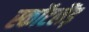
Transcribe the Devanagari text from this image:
स्कॉटलैंड़